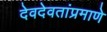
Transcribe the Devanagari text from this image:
देवदेवतांप्रमाणे